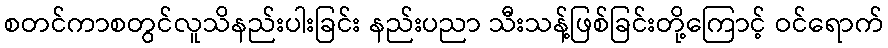
စတင်ကာစတွင်လူသိနည်းပါးခြင်း နည်းပညာ သီးသန့်ဖြစ်ခြင်းတို့ကြောင့် ဝင်ရောက်